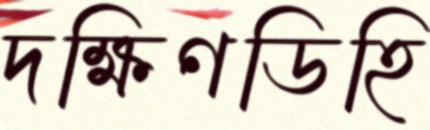
দক্ষিণডিহি